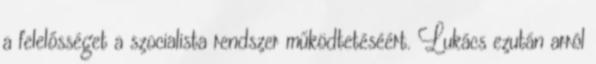
a felelősséget a szocialista rendszer működtetéséért. Lukács ezután arról